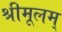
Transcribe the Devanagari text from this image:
श्रीमूलम्